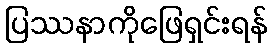
ပြဿနာကိုဖြေရှင်းရန်